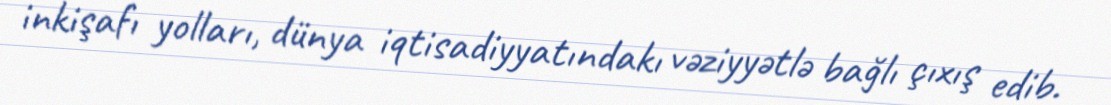
inkişafı yolları, dünya iqtisadiyyatındakı vəziyyətlə bağlı çıxış edib.